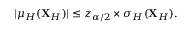
| \mu _ { H } ( \mathbf { X } _ { H } ) | \leq z _ { \alpha / 2 } \times \sigma _ { H } ( \mathbf { X } _ { H } ) .